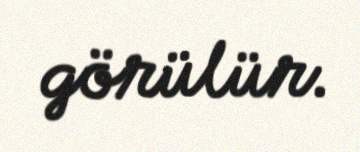
görülür.